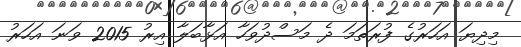
މިދިޔަ އަހަރުގެ ފުރަތަމަ ދެ މަސްދުވަހާ އަޅާބަލާ އިރު 2015 ވަނަ އަހަރު